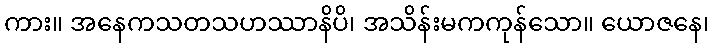
ကား။ အနေကသတသဟဿာနိပိ၊ အသိန်းမကကုန်သော။ ယောဇနေ၊